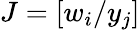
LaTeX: J=\left[w_{i}/y_{j}\right]